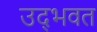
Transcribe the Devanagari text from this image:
उद्‌भवत